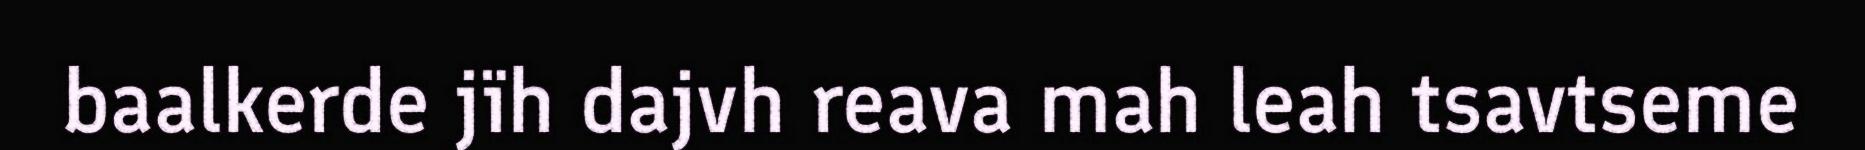
baalkerde jïh dajvh reava mah leah tsavtseme